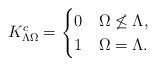
LaTeX: \begin{gather*}{K}^c_{\Lambda\Omega}=\begin{cases}0&\Omega \not \leq \Lambda,\\1&\Omega=\Lambda.\end{cases}\end{gather*}